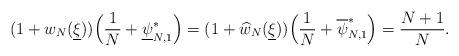
LaTeX: \begin{align*} (1+w_{N}(\underline{\xi}))\Big(\frac{1}{N}+\underline{\psi}_{N,1}^{\ast}\Big)=(1+\widehat{w}_{N}(\underline{\xi}))\Big(\frac{1}{N}+\overline{\psi}_{N,1}^{\ast}\Big)=\frac{N+1}{N}.\end{align*}